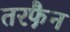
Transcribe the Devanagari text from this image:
तरफै़न